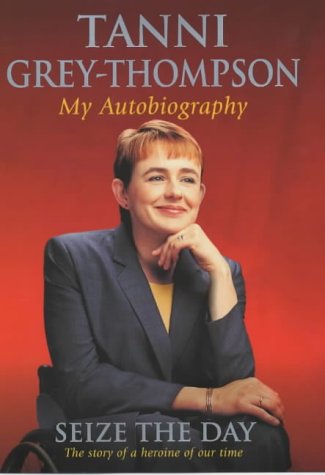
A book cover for Seize the Day: My Autobiography; Tanni Grey-Thompson; Travel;